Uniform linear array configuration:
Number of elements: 64
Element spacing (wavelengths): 1
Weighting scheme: binomial
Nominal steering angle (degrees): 0
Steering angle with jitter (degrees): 0.08583
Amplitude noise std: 0.05
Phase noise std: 0.05

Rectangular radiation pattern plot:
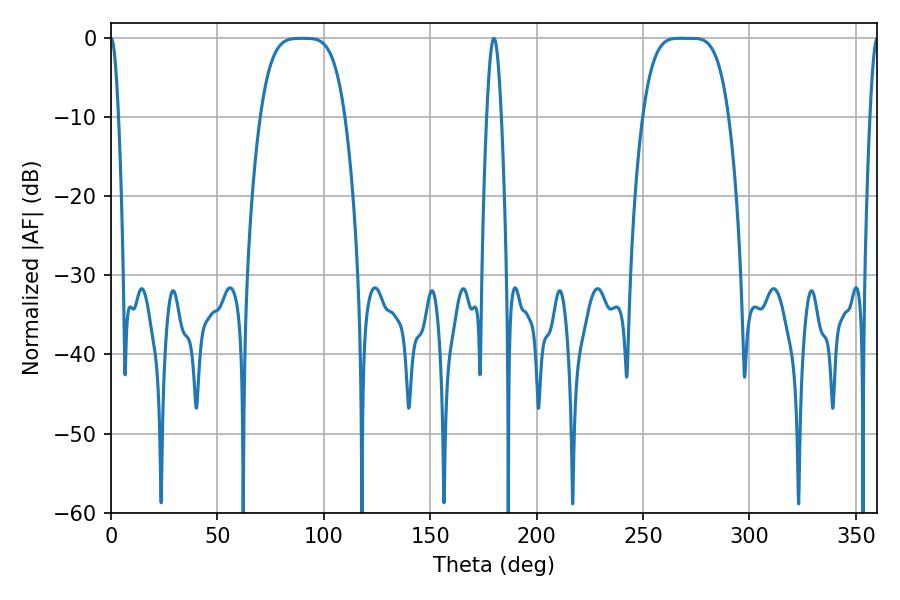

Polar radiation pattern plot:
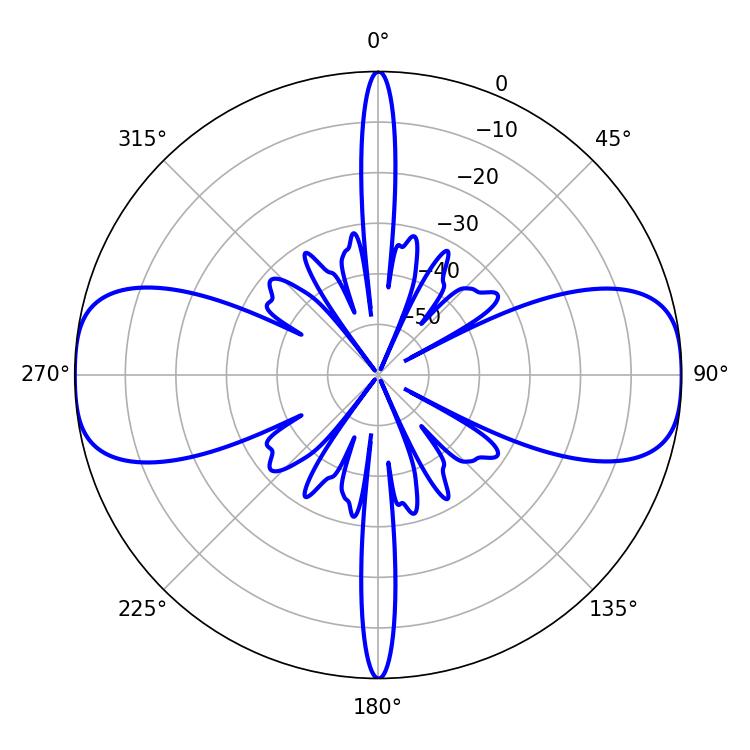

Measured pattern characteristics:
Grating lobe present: TRUE
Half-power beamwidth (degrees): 29.88
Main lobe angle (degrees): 267.12